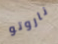
ناروتو